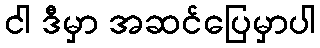
ငါ ဒီမှာ အဆင်ပြေမှာပါ